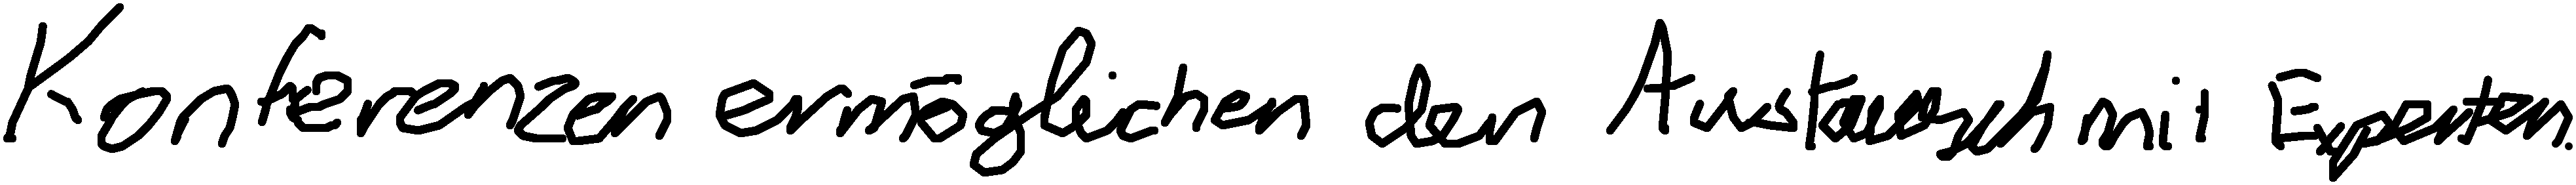
Konferenzen ermöglichen den Austausch mit Experten.